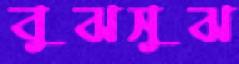
বুঝসুঝ